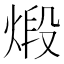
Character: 煅